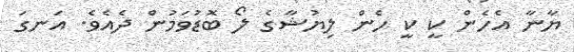
ޔާނާ އެހެން ކީ ކީ ހެން ލިޔުޝާގެ ލޯ ބޮޑުވަމުން ދެއެވެ. އަނގަ